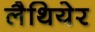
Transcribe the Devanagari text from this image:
लैथियेर